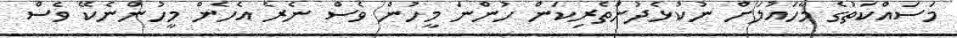
މަސައްކަތުގެ މާހައުލަށް ނުކުޅެދުންތެރިކަން ހުންނަ މީހުން ވެސް ނެރެ އެހެން މީހުންނެކޭ ވެސް